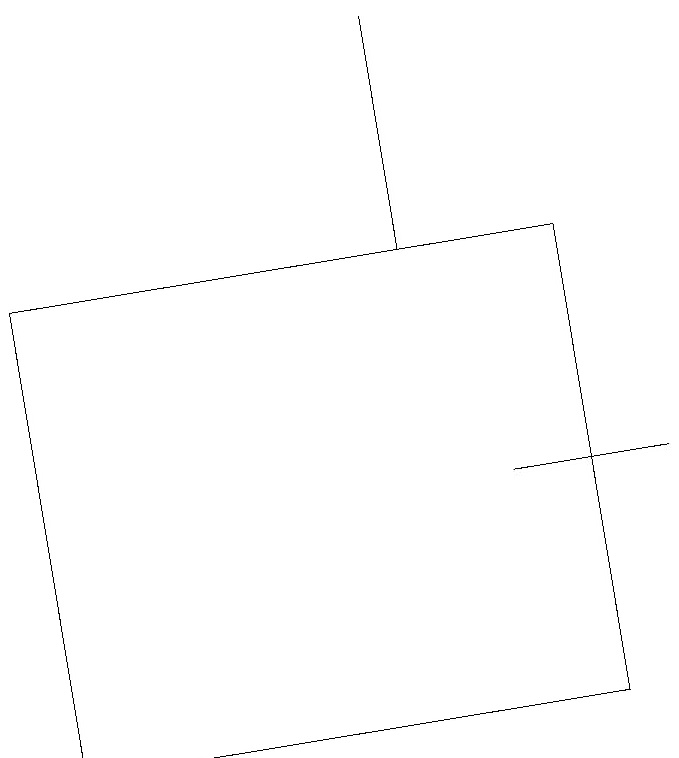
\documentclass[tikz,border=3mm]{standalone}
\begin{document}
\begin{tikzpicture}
\draw (6,19) rectangle (6,16);
\draw (8,10) rectangle (1,16);
\draw (9,13) rectangle (7,13);
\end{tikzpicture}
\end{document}